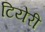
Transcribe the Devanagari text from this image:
टियेरी